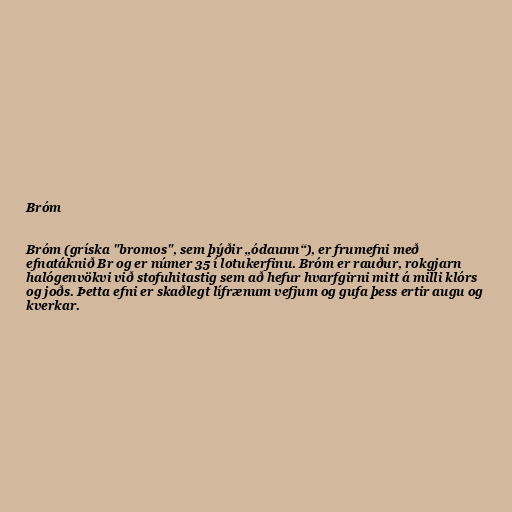
Bróm

Bróm (gríska "bromos", sem þýðir „ódaunn“), er frumefni með
efnatáknið Br og er númer 35 í lotukerfinu. Bróm er rauður, rokgjarn
halógenvökvi við stofuhitastig sem að hefur hvarfgirni mitt á milli klórs
og joðs. Þetta efni er skaðlegt lífrænum vefjum og gufa þess ertir augu og
kverkar.